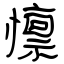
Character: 懔